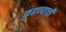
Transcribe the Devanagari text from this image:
कुढण्याची